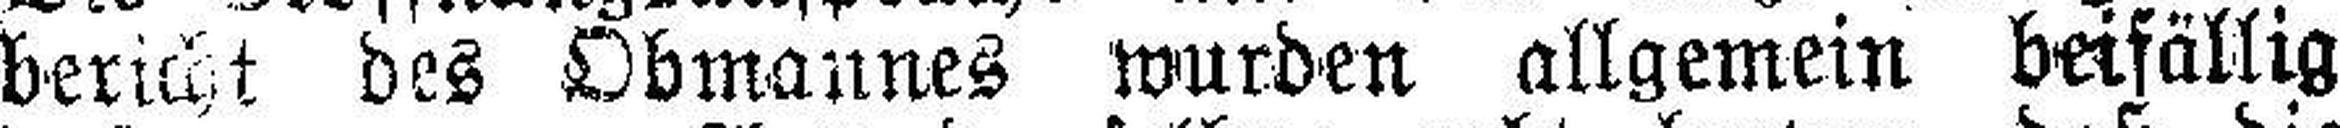
bericht des Obmannes wurden allgemein beifällig